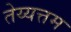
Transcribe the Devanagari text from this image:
तेय्यत्तम